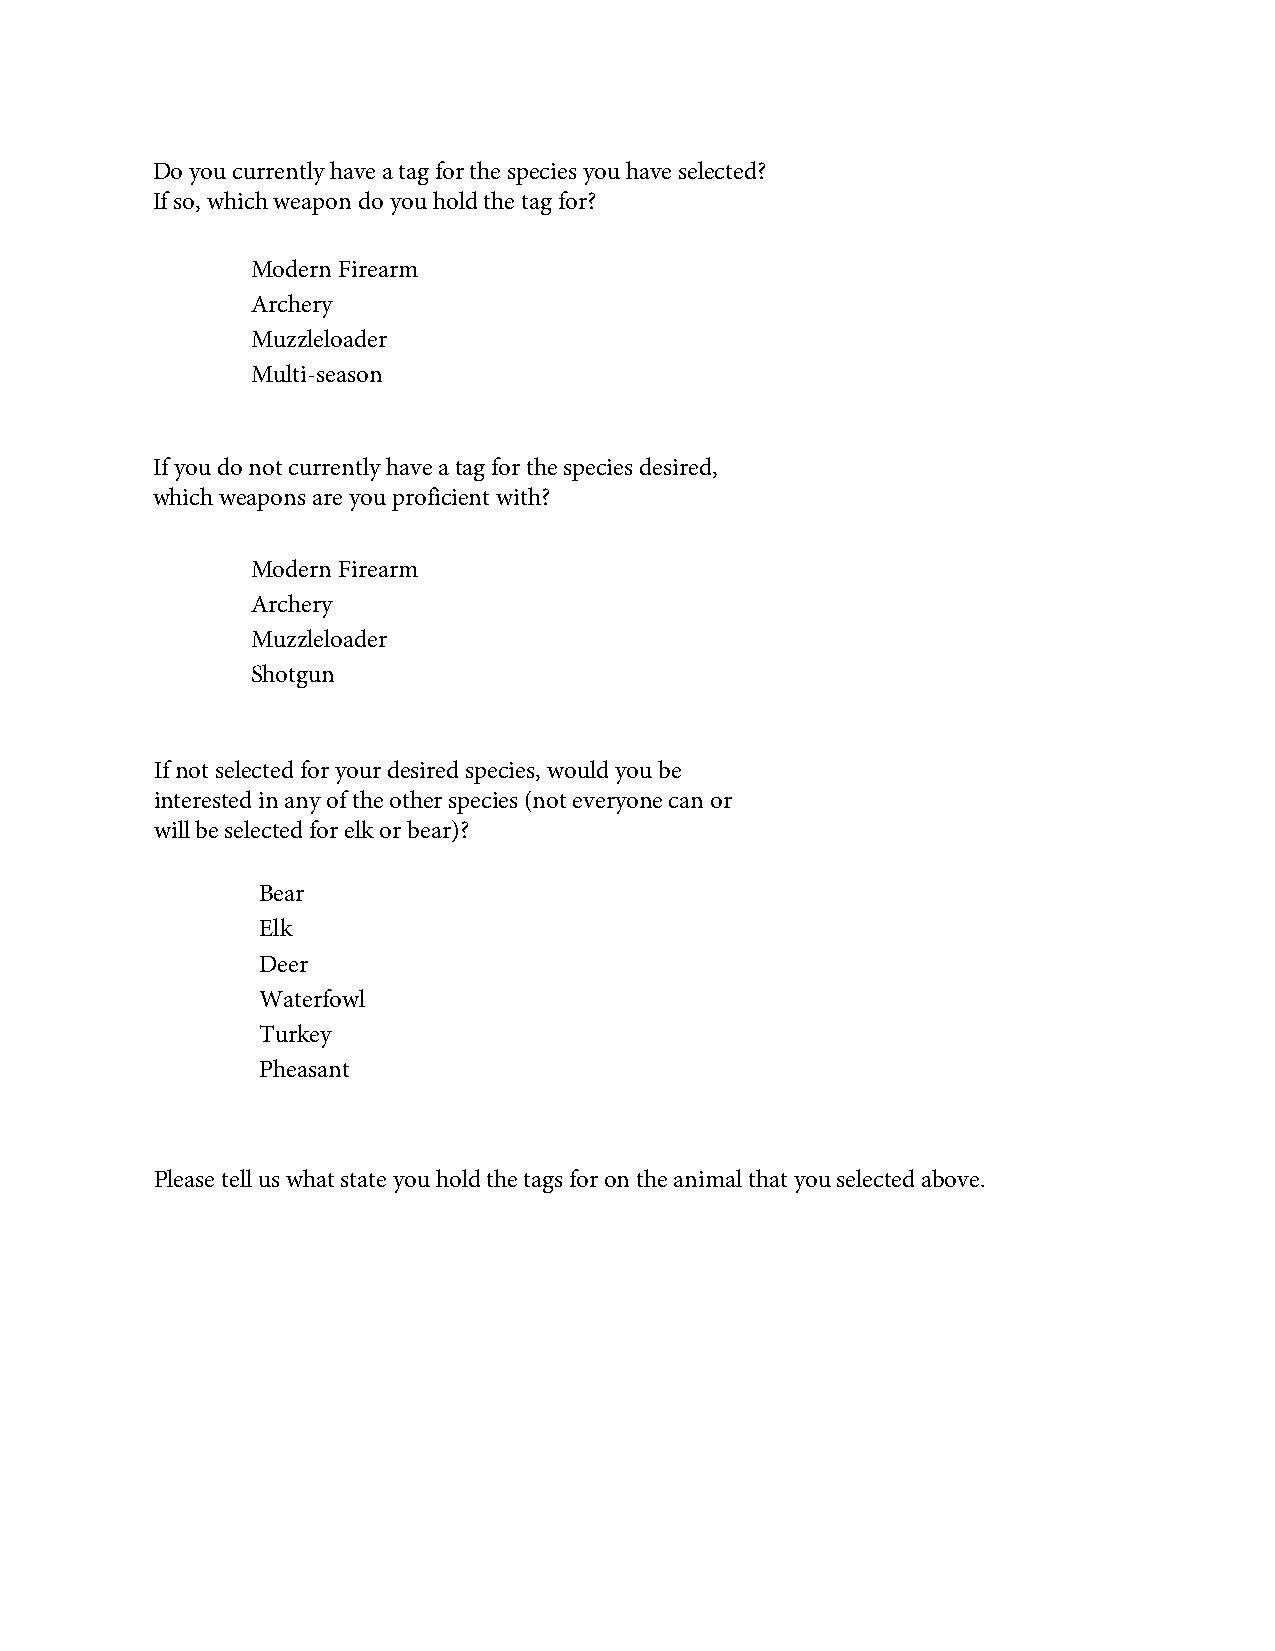
Do you currently have a tag for the species you have selected?
 If so, which weapon do you hold the tag for?
 Modern Firearm
 Archery
 Muzzleloader
 Multi-season
 If you do not currently have a tag for the species desired,
 which weapons are you proficient with?
 Modern Firearm
 Archery
 Muzzleloader
 Shotgun
 If not selected for your desired species, would you be
 interested in any of the other species (not everyone can or
 will be selected for elk or bear)?
 Bear
 Elk
 Deer
 Waterfowl
 Turkey
 Pheasant
 Please tell us what state you hold the tags for on the animal that you selected above.